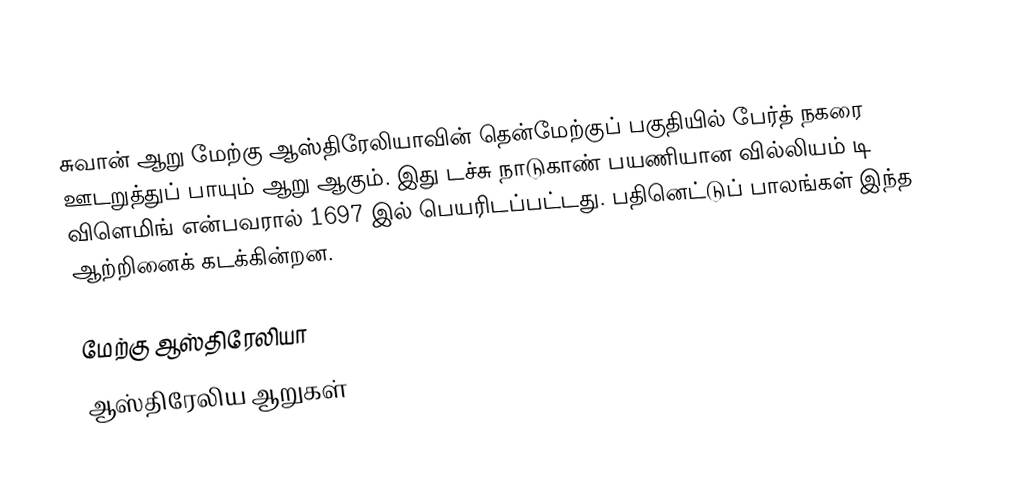
சுவான் ஆறு மேற்கு ஆஸ்திரேலியாவின் தென்மேற்குப் பகுதியில் பேர்த் நகரை ஊடறுத்துப் பாயும் ஆறு ஆகும். இது டச்சு நாடுகாண் பயணியான வில்லியம் டி விளெமிங் என்பவரால் 1697 இல் பெயரிடப்பட்டது. பதினெட்டுப் பாலங்கள் இந்த ஆற்றினைக் கடக்கின்றன.

மேற்கு ஆஸ்திரேலியா
ஆஸ்திரேலிய ஆறுகள்